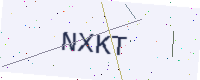
Text: NXKT